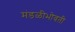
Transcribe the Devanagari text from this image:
मंडळीभोवती